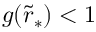
g ( \tilde { r } _ { * } ) < 1